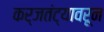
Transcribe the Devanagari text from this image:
कर्जतंट्यावरून